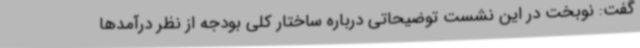
گفت: نوبخت در این نشست توضیحاتی درباره ساختار کلی بودجه از نظر درآمدها